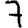
Digit: 7